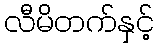
လီမိတက်နှင့်